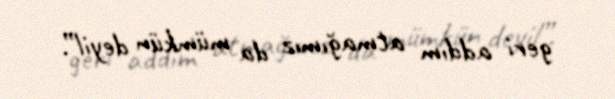
geri addım atmağımız da mümkün deyil”.